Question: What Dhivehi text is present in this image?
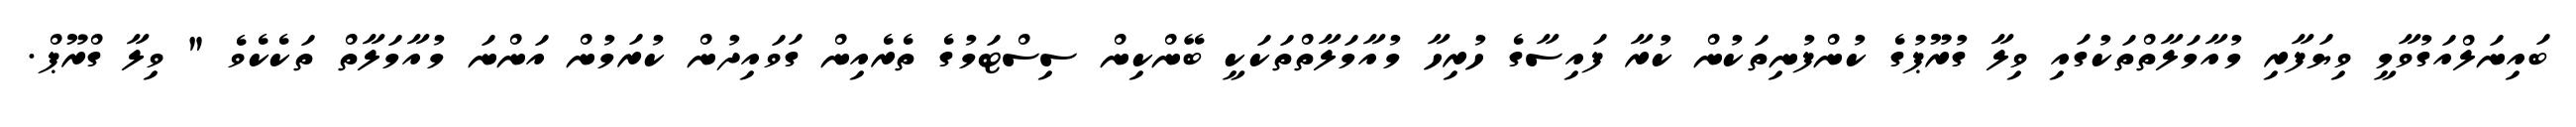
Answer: ބައިނަލްއަގުވާމީ ވިޔަފާރި މުއާމަލާތްތަކުގައި ވިލާ ގުރޫޕުގެ ކުންފުނިތަކުން ކުރާ ފައިސާގެ ހުރިހާ މުއާމަލާތްތަކަކީ ބޭންކިން ސިސްޓަމުގެ ތެރެއިން ގަވައިދުން ކުރަމުން އަންނަ މުއާމަލާތް ތަކެކެވެ " ވިލާ ގްރޫޕް.